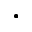
.